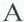
A